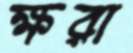
ক্ষরা